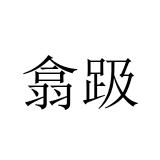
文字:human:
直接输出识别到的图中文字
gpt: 翕趿